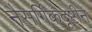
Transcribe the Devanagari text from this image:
नैसर्गिकदृष्टीने